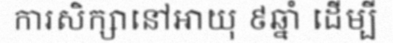
ការសិក្សានៅអាយុ ៩ឆ្នាំ ដើម្បី